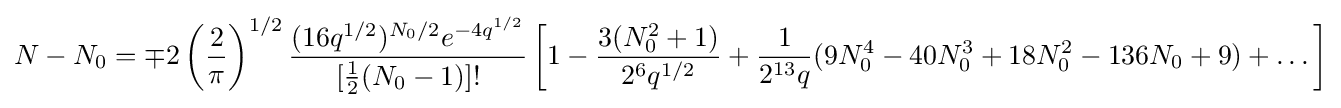
N-N_{0}=\mp 2\left({\frac {2}{\pi }}\right)^{1/2}{\frac {(16q^{1/2})^{N_{0}/2}e^{-4q^{1/2}}}{[{\frac {1}{2}}(N_{0}-1)]!}}\left[1-{\frac {3(N_{0}^{2}+1)}{2^{6}q^{1/2}}}+{\frac {1}{2^{13}q}}(9N_{0}^{4}-40N_{0}^{3}+18N_{0}^{2}-136N_{0}+9)+\dots \right]